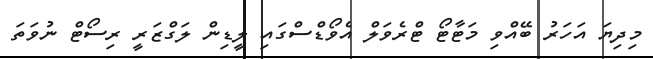
މިދިޔަ އަހަރު ބޭއްވި މަޓާޓޯ ޓްރެވަލް އެވޯޑްސްގައި ލީޑިން ލަގްޒަރީ ރިސޯޓް ނުވަތަ